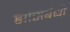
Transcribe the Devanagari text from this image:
ह्यांसबंधी